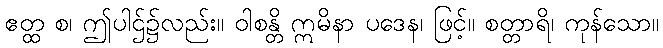
ဧတ္ထ စ၊ ဤပါဌ်၌လည်း။ ဝါစန္တိ ဣမိနာ ပဒေန၊ ဖြင့်။ စတ္တာရိ၊ ကုန်သော။